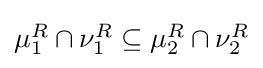
{\textstyle \mu _{1}^{R}\cap \nu _{1}^{R}\subseteq \mu _{2}^{R}\cap \nu _{2}^{R}}